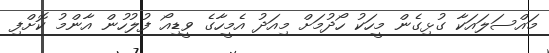
މައްސަލައަކާ ގުޅިގެން މީހަކު ހޯދުމަށް މިއަދު އެމީހާގެ ވީޑިއޯ ފުލުހުން އާންމު ކޮށްފި